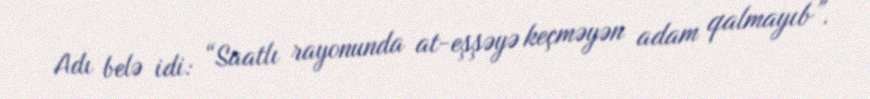
Adı belə idi: “Saatlı rayonunda at-eşşəyə keçməyən adam qalmayıb”.